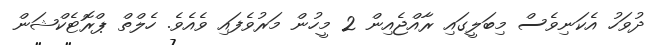
ދުވަހު އެކަނިވެސް މިބަލީގައި ރާއްޖެއިން 2 މީހުން މަރުވެފައި ވެއެވެ. ހެލްތް ޕްރޮޓެކްޝަން